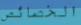
الخصائص